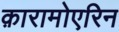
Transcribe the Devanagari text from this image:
क़ारामोएरिन